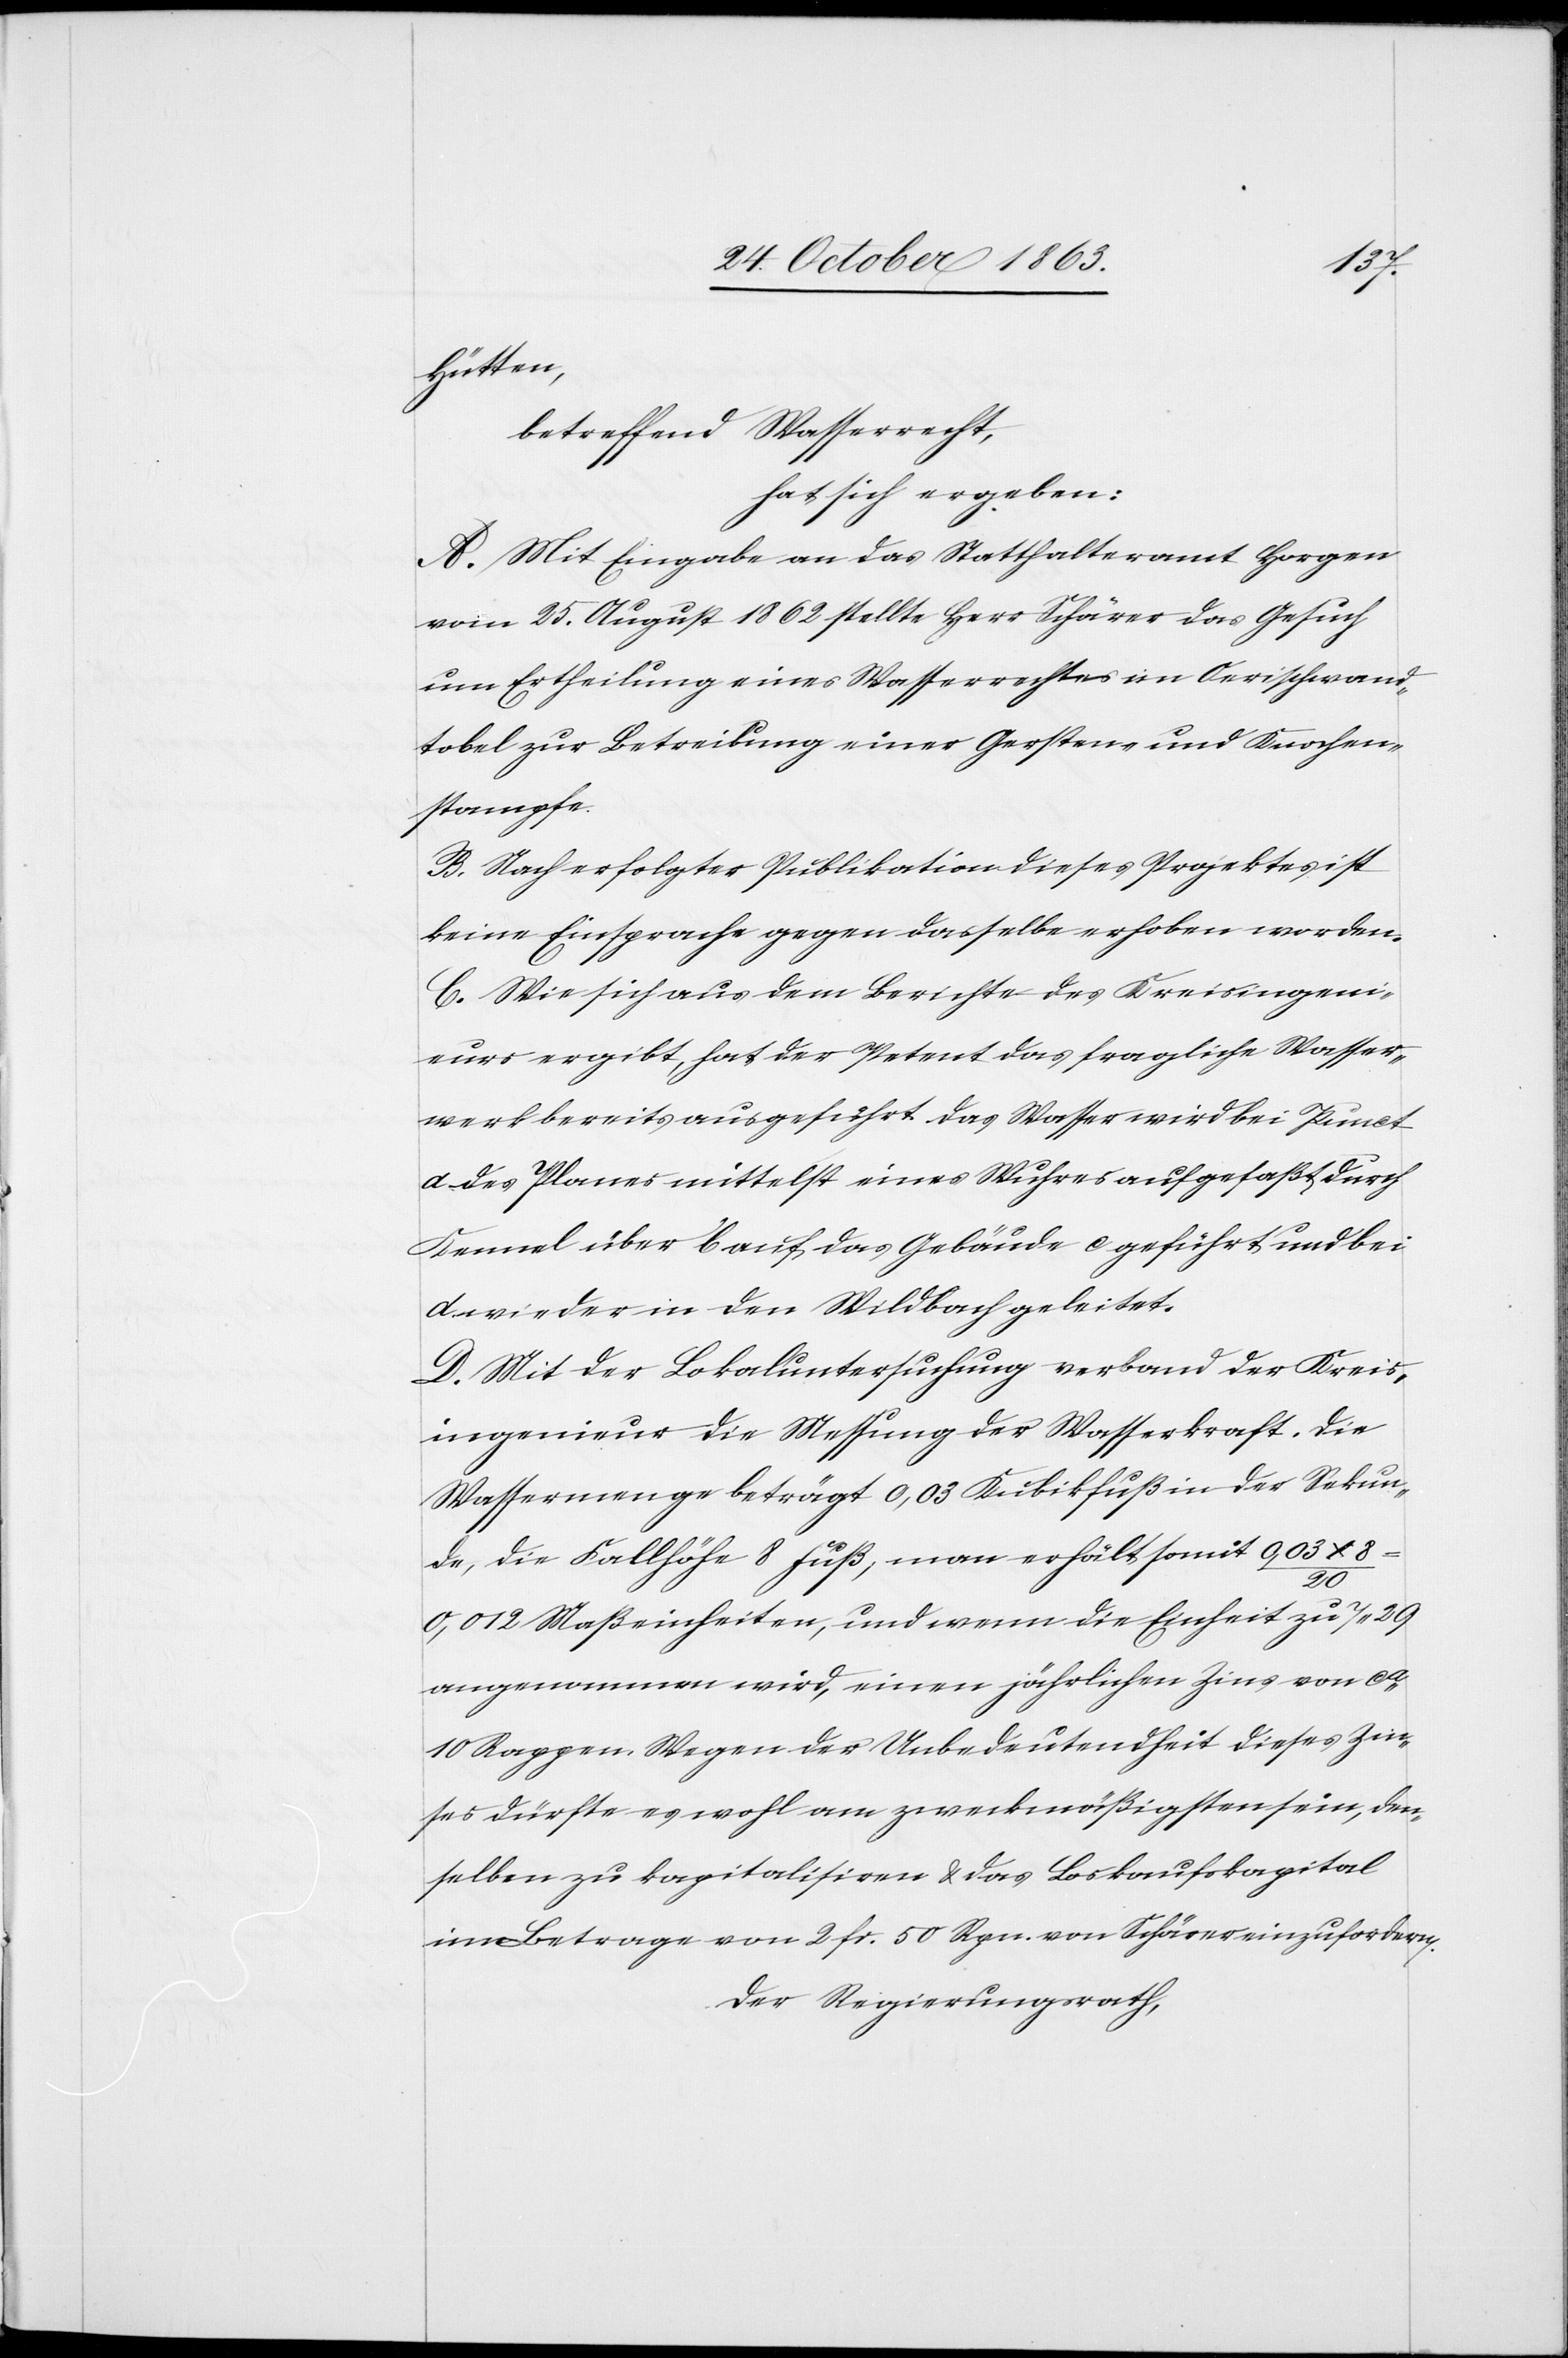
Hütten,
betreffend Wasserrecht,
hat sich ergeben:
A. Mit Eingabe an das Statthalteramt Horgen
vom 25. August 1862 stellte Herr Schärer das Gesuch
um Ertheilung eines Wasserrechtes im Oerischwand¬
tobel zur Betreibung einer Gersten- und Knochen¬
stampfe.
B. Nach erfolgter Publikation dieses Projektes ist
keine Einsprache gegen dasselbe erhoben worden.
C. Wie sich aus dem Berichte des Kreisingeni¬
eurs ergibt, hat der Petent das fragliche Wasser¬
werk bereits ausgeführt. Das Wasser wird bei Punct
a des Planes mittelst eines Wuhres aufgefaßt durch
Kennel über b auf das Gebäude c geführt und bei
d wieder in den Wildbach geleitet.
D. Mit der Lokaluntersuchung verband der Kreis¬
ingenieur die Messung der Wasserkraft. Die
Wassermenge beträgt 0,03 Kubikfuß in der Sekun¬
de, die Fallhöhe 8 Fuß, man erhält somit 0,03 x 8
20
0,012 Maßeinheiten, und wenn die Einheit zu 7. 29
angenommen wird, einen jährlichen Zins von ca
10 Rappen. Wegen der Unbedeutendheit dieses Zin¬
ses dürfte es wohl am zweckmäßigsten sein, den¬
selben zu kapitalisiren & das Loskaufskapital
im Betrage von 2 Fr. 50 Rpn. von Schärer einzufordern.
Der Regierungsrath,